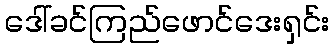
ဒေါ်ခင်ကြည်ဖောင်ဒေးရှင်း